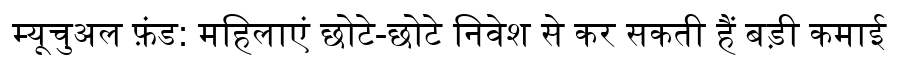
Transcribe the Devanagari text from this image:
म्यूचुअल फ़ंड: महिलाएं छोटे-छोटे निवेश से कर सकती हैं बड़ी कमाई